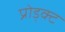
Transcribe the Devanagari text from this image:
प्रोड्क्ट